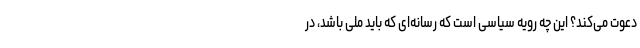
دعوت می‌کند؟ این چه رویه سیاسی است که رسانه‌ای که باید ملی باشد، در